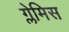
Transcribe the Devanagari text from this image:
ग्लेमिस